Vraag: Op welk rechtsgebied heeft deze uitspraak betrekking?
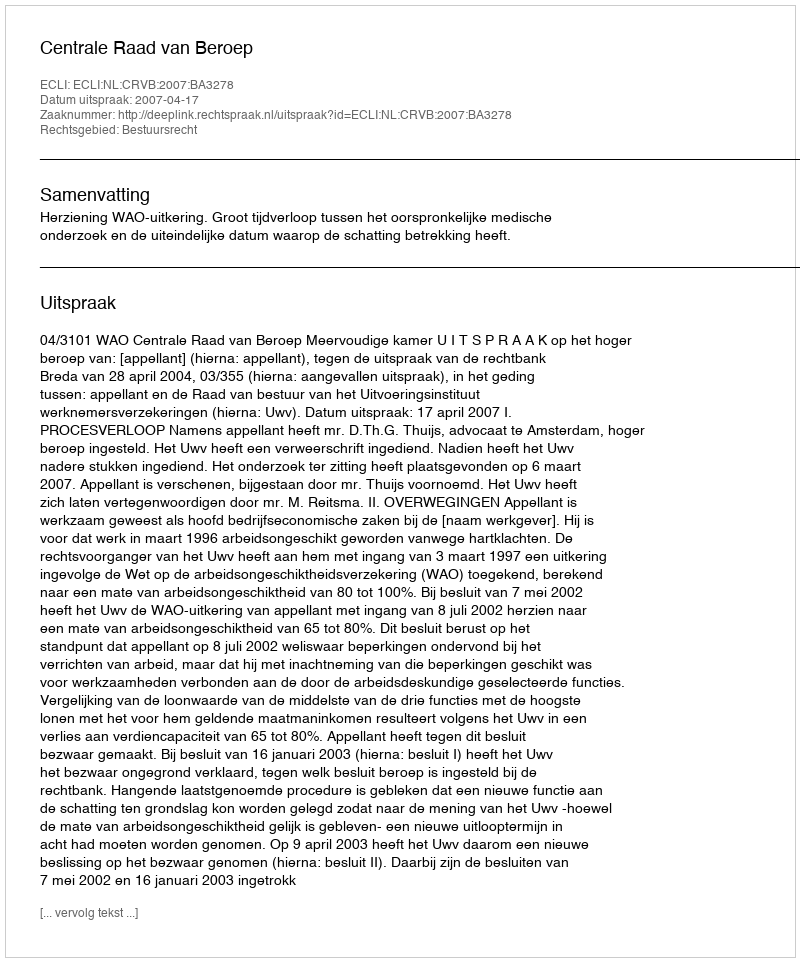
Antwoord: Bestuursrecht